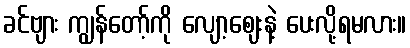
ခင်ဗျား ကျွန်တော့်ကို လျော့ဈေးနဲ့ ပေးလို့ရမလား။